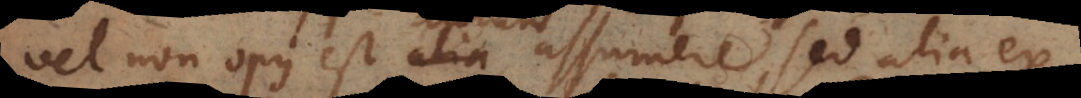
vel non opus est aurum assumere, sed alia ex